Vaccination United Provinces of Agra and Oudh 1914-1922 - 1914-1922
Year: 1914
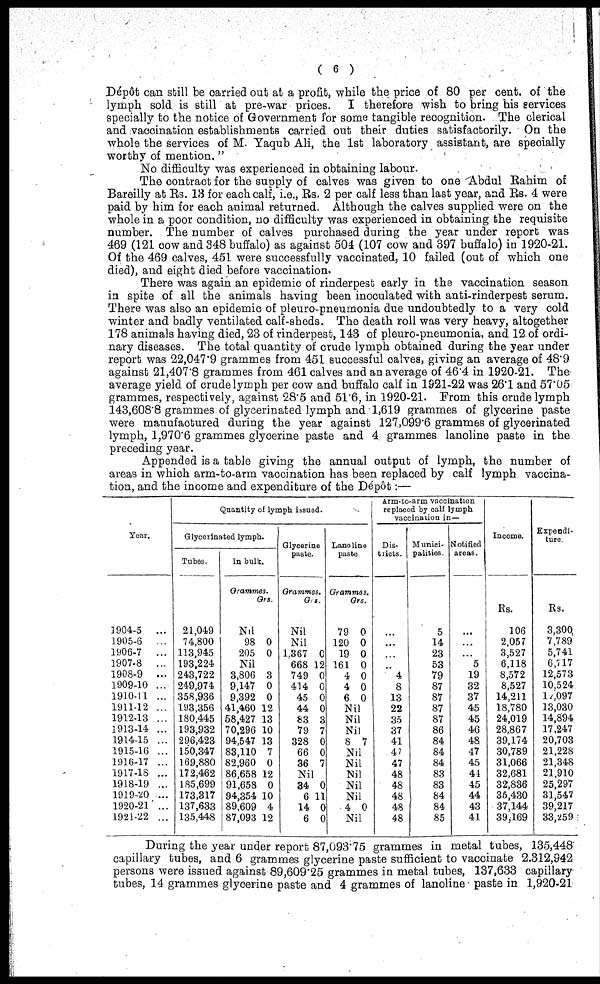
( 6 )
Dépôt can still be carried out at a profit, while the price of 80 per cent, of the
lymph sold is still at pre-war prices. I therefore wish to bring his services
specially to the notice of Government for some tangible recognition. The clerical
and vaccination establishments carried out their duties satisfactorily. On the
whole the services of M. Yaqub Ali, the 1st laboratory assistant, are specially
worthy of mention. "
No difficulty was experienced in obtaining labour.
The contract for the supply of calves was given to one Abdul Rahim of
Bareilly at Rs. 13 for each calf, i.e., Rs. 2 per calf less than last year, and Rs. 4 were
paid by him for each animal returned. Although the calves supplied were on the
whole in a poor condition, no difficulty was experienced in obtaining the requisite
number. The number of calves purchased during the year under report was
469 (121 cow and 348 buffalo) as against 504 (107 cow and 397 buffalo) in 1920-21.
Of the 469 calves, 451 were successfully vaccinated, 10 failed (out of which one
died), and eight died before vaccination.
There was again an epidemic of rinderpest early in the vaccination season
in spite of all the animals having been inoculated with anti-rinderpest serum.
There was also an epidemic of pleuro-pneumonia due undoubtedly to a very cold
winter and badly ventilated calf-sheds. The death roll was very heavy, altogether
178 animals having died, 23 of rinderpest, 143 of pleuro-pneumonia, and 12 of ordi-
nary diseases. The total quantity of crude lymph obtained during the year under
report was 22,047.9 grammes from 451 successful calves, giving an average of 48'9
against 21,407.8 grammes from 461 calves and an average of 46.4 in 1920-21. The
average yield of crude lymph per cow and buffalo calf in 1921-22 was 26.1 and 57.05
grammes, respectively, against 28.5 and 51.6, in 1920-21. From this crude lymph
143,608.8 grammes of glycerinated lymph and 1,619 grammes of glycerine paste
were manufactured during the year against 127,099.6 grammes of glycerinated
lymph, 1,970.6 grammes glycerine paste and 4 grammes lanoline paste in the
preceding year.
Appended is a table giving the annual output of lymph, the number of
areas in which arm-to-arm vaccination has been replaced by calf lymph vaccina-
tion, and the income and expenditure of the Dépôt:—
Year.
1904-5 ...
1905-6
...
1906-7
...
1907-8 ...
1908-9 ...
1909-10 ...
1910-11 ...
1911-12 ...
1912-13 ...
1913-14 ...
1914-15 ...
1915-16 ...
1916-17 ...
1917-18 ...
1918-19 ...
1919-20 ...
1920-21 ...
1921-22 ...
Quantity of lymph issued.
Glycerinated lymph.
Tubes.
21,049
74,800
113,945
193,224
243,722
249,974
358,936
l93,356
180,445
193,932
296,423
150,347
169,880
172,462
185,699
173,317
137,633
135,448
In bulk.
Grammes.
Grs.
Nil
98
205
0
0
Nil
3,806
9,147
9,392
41,460
68,427
70,296
94,547
83,110
82,960
86,658
91,658
94,354
89,609
87,093
3
0
0
12
13
10
13
7
0
12
0
10
4
12
Glycerine
paste.
Grammes.
Grs.
Nil
Nil
1.367
668
749
414
45
44
83
79
328
66
36
C
12
0
0
0
0
3
7
0
0
7
Nil
34
6
14
6
0
11
0
0
Lanoline
paste
Grammes.
Grs.
79
120
19
161
4
4
6
0
0
0
0
0
0
0
Nil
Nil
Nil
8
Nil
Nil
Nil
Nil
Nil
4
7
0
Nil
Arm-to-arm vaccination
replaced by calf lymph
vaccination in —
Dis-
tricts.
4
8
13
22
35
37
41
47
47
48
48
48
48
48
Munici-
palities
5
14
23
53
79
87
87
87
87
86
84
84
84
83
83
84
84
85
Notified
areas.
...
...
5
19
32
37
45
45
46
48
47
45
41
45
44
43
41
Income.
Rs.
106
2.057
3,527
6.118
8,572
8,527
14,211
18,780
24,019
28.867
39,174
30,789
31,066
32,681
32,836
35,430
37,144
39,169
Expendi-
ture
Rs.
3,300,
7.789
5,741
6,717
12,573
10,524
12,097
13,030
14,894
17,247
20,703
21,228
21,348
21,910
25,297
31,547
39,217
33,259
During the year under report 87,093.75 grammes in metal tubes, 135,448
capillary tubes, and 6 grammes glycerine paste sufficient to vaccinate 2,312,942
persons were issued against 89,609.25 grammes in metal tubes, 137,633 capillary
tubes, 14 grammes glycerine paste and 4 grammes of lanoline paste in 1,920-21